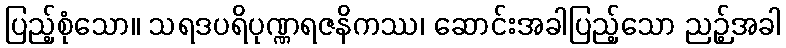
ပြည့်စုံသော။ သရဒပရိပုဏ္ဏရဇနိကဿ၊ ဆောင်းအခါပြည့်သော ညဉ့်အခါ